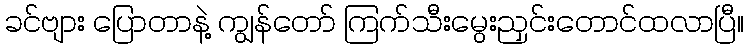
ခင်ဗျား ပြောတာနဲ့ ကျွန်တော် ကြက်သီးမွေးညှင်းတောင်ထလာပြီ။